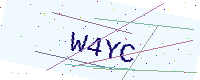
Text: W4YC